Annual statistical returns and brief notes on vaccination in Bengal - 1896-1909
Year: 1896
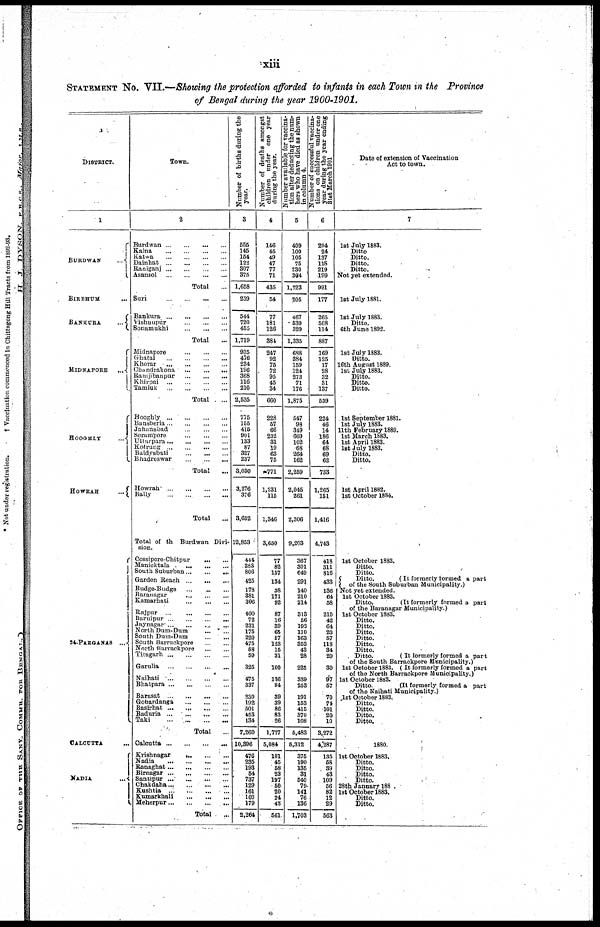
xiii
STATEMENT No. VII.—Showing the protection afforded to infants in each Town in the Province
of Bengal during the year 1900-1901.
DISTRICT.
1
BURDWAN
...
BIRBHUM
...
BANKURA
...
MIDNAPORE
...
HOOGHLY
...
HOWRAH
...
24-PARGANAS ....
CALCUTTA ...
NADIA
Town.
2
Burdwan
...
...
...
...
Kalna
...
...
...
...
Katwa
...
...
...
...
Dainhat
...
...
...
...
Raniganj
...
...
...
...
Asansol
...
...
...
...
Total ...
Suri
...
...
...
...
Bankura
...
...
...
...
Vishnupur
...
...
...
Sonamukhi
...
...
...
Total ...
Midnapore
...
...
...
Ghatal
...
...
...
...
Khorar
...
...
...
...
Chandrakona
...
...
...
Ramjibanpur
...
...
...
Khirpai
...
...
...
...
Tamluk
...
...
...
...
Total ...
Hooghly
...
...
...
...
Bansberia
...
...
...
...
Jahanabad
...
...
...
Serampore
...
...
...
Utiarpara
...
...
...
...
Kotrung
...
...
...
...
Baidyabati
...
...
...
Bhadreswar
...
...
...
Total ...
Howrah ... ... ... ... ...
Bally
...
...
...
...
Total ...
Total of th Burdwan Divi-
sion.
Cossipore-Chitpur
...
...
Manicktala
...
...
...
South Suburban
...
...
...
Garden Reach ... ... ...
Budge-Budge
...
...
...
Baranagar
...
...
...
Kamarhati
...
...
...
Rajpur
...
...
...
...
Baruipur
...
...
...
Jaynagar
...
...
...
...
North Dum-Dum
...
...
South Dum-Dum
...
...
South Barrackpore
...
...
North Barrackpore
...
...
Titagarh
...
...
...
...
Garulia
...
...
...
...
Naihati
...
...
...
...
Bhatpara
...
...
...
...
Barasat
...
...
...
...
Gobardanga ... ... ... ...
Basirhat
...
...
...
...
Baduria
...
...
...
...
Taki
...
...
...
...
Total ...
Calcutta
...
...
...
Krishnagar
...
...
...
Nadia
...
...
...
...
Ranaghat
...
...
...
...
Birnagar
...
...
...
...
Santipur
...
...
...
...
Chakdaha
...
...
...
...
Kushtia
...
...
...
...
Kumarkhali
...
...
...
Meherpur
...
...
...
...
Total
...
Number of births during the
year.
3
555
145
154
122
307
375
1,658
259
544
720
455
1,719
935
476
234
196
368
116
210
2,535
775
155
415
901
133
87
327
237
3,030
3,276
376
3,652
12,853
444
383
806
425
178
381
306
400
72
231
175
220
476
58
59
325
475
337
230
192
501
453
134
7,260
10,396
476
235
193
54
737
129
161
100
179
2,264
Number of deaths amongst
children under one year
during the year.
4
146
45
49
47
77
71
435
54
77
181
126
384
247
92
75
72
95
45
34
660
228
57
66
232
31
19
63
75
771
1,231
115
1,346
3,650
77
82
157
134
38
171
92
87
16
39
65
57
123
15
31
100
136
84
39
39
86
83
26
1,777
5,084
101
45
58
23
197
50
20
24
43
561
Number available for vaccina-
tion after deducting the num-
bers who have died as shown
in
column
4.
5
409
100
105
75
230
304
1,223
205
467
539
329
1,335
688
384
159
124
273
71
176
1,875
547
98
349
669
102
68
264
162
2,259
2,045
261
2,306
9,203
367
301
649
291
140
210
214
313
56
193
110
163
352
43
28
225
339
253
191
153
415
370
108
5,483
5,312
375
190
135
31
540
79
141
76
136
1,703
Number of successful vaccina-
tions on children under one
year during the year ending
31st March 1901
6
294
24
137
118
219
199
991
177
265
508
114
887
169
125
17
28
32
31
137
539
224
46
14
186
64
68
69
62
733
1,265
151
1,416
4,743
418
311
816
433
136
64
58
210
42
64
23
57
118
34
29
30
97
57
70
74
101
20
10
3,272
4,287
135
58
39
43
109
56
82
12
29
563
Date of extension of Vaccination
Act to town.
7
1st July 1883.
Ditto
Ditto.
Ditto.
Ditto.
Not yet extended.
1st July 1881.
1st July 1883.
Ditto.
6th June 1892.
1st July 1883.
Ditto.
16th August 1889.
1st July 1883.
Ditto.
Ditto.
Ditto.
1st September 1881.
1st July 1883.
11th February 1889.
1st March 1883.
1st April 1883.
1st July 1883.
Ditto.
Ditto.
1st April 1882.
1st October 1884.
1st October 1883.
Ditto.
Ditto.
Ditto.
(It formerly formed a part
of the South Suburban Municipality.)
Not yet extended.
1st October 1883.
Ditto.
(It formerly formed a part
of the Baranagar Municipality.)
1st October 1883.
Ditto.
Ditto.
Ditto.
Ditto.
Ditto.
Ditto.
Ditto.
(It formerly formed a part
of the South Barrackpore Municipality.)
1st October 1883. (It formerly formed a part
of the North Barrackpore Municipality.)
1st October 1883.
Ditto.
(It formerly formed a part
of the Naihati Municipality.)
1st October 1883.
Ditto.
Ditto.
Ditto.
Ditto.
1880.
1st October 1883.
Ditto.
Ditto.
Ditto.
Ditto.
28th January 188
1st October 1883.
Ditto.
Ditto.